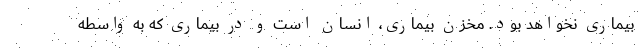
بیماری نخواهد بود. مخزن بیماری، انسان است و در بیماری که به واسطه